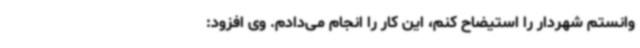
وانستم شهردار را استیضاح کنم، این کار را انجام می‌دادم. وی افزود: